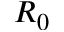
R _ { 0 }